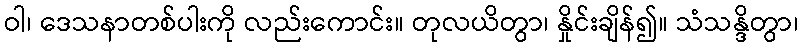
ဝါ၊ ဒေသနာတစ်ပါးကို လည်းကောင်း။ တုလယိတွာ၊ နှိုင်းချိန်၍။ သံသန္ဒိတွာ၊